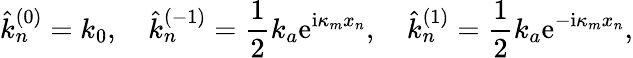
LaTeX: \hat{k}_{n}^{(0)}=k_{0},\quad\hat{k}_{n}^{(-1)}=\frac{1}{2}k_{a}\mathrm{e}^{\mathrm{i}\kappa_{m}x_{n}},\quad\hat{k}_{n}^{(1)}=\frac{1}{2}k_{a}\mathrm{e}^{-\mathrm{i}\kappa_{m}x_{n}},